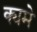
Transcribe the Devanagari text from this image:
क्यमे